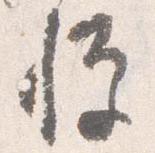
憚